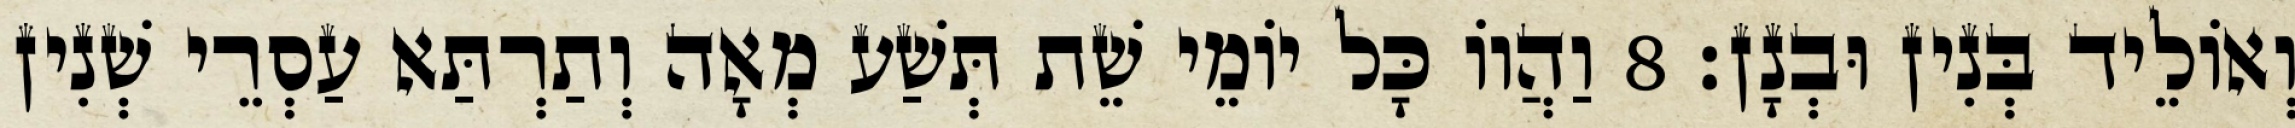
וְאוֹלֵיד בְּנִין וּבְנָן׃ 8 וַהֲווֹ כָּל יוֹמֵי שֵׁת תְּשַׁע מְאָה וְתַרְתַּא עַסְרֵי שְׁנִין